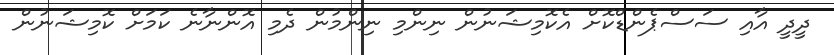
ދީދީ އާއި ސަސްޕެންޑްކޮށް އެކޮމިޝަނުން ނިންމި ނިންމުން ދެމި އޮންނާނެ ކަމަށް ކޮމިޝަނުން